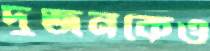
দুজনকেও